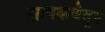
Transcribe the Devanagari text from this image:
सत्यकथेतून